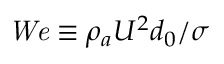
{ \it W e } \equiv \rho _ { a } U ^ { 2 } d _ { 0 } / \sigma